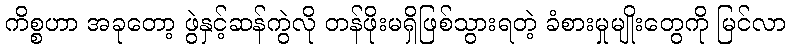
ကိစ္စဟာ အခုတော့ ဖွဲနှင့်ဆန်ကွဲလို တန်ဖိုးမရှိဖြစ်သွားရတဲ့ ခံစားမှုမျိုးတွေကို မြင်လာ